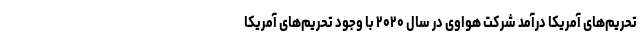
تحریم‌های آمریکا درآمد شرکت هواوی در سال ۲۰۲۰ با وجود تحریم‌های آمریکا